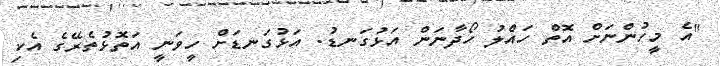
"އެ މީހުންނަށް އޮތް ހައްލު ހޯދާނަން އަޅުގަނޑު. އަޅުގަނޑަށް ހީވަނީ އަތޮޅުތެރޭގެ އެކި